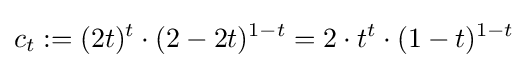
c_{t}:=(2t)^{t}\cdot (2-2t)^{1-t}=2\cdot t^{t}\cdot (1-t)^{1-t}